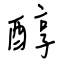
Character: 醇